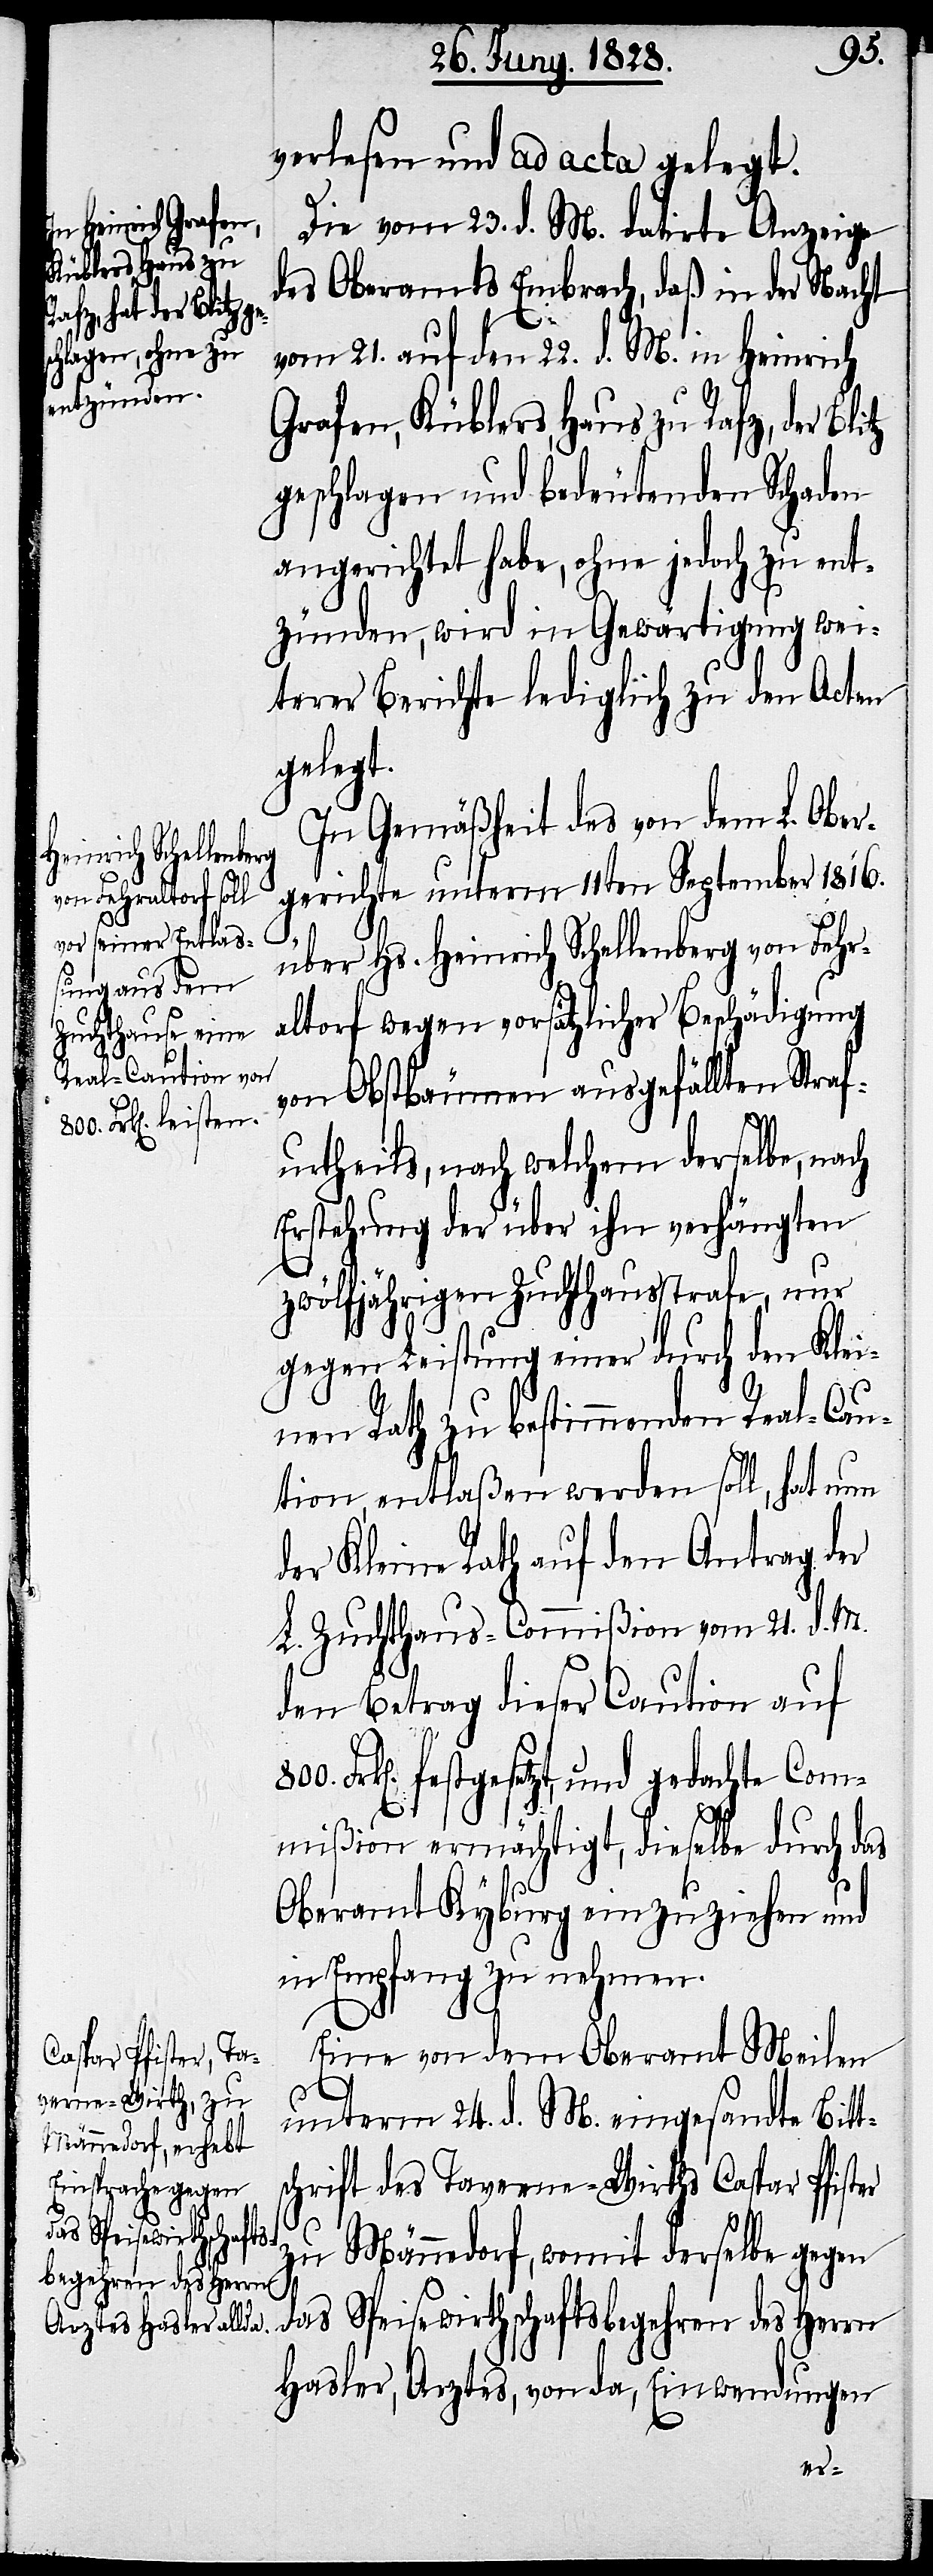
verlesen und ad acta gelegt.
Die vom 23. d. M. datirte Anzeige
des Oberamts Embrach, daß in der Nacht
vom 21. auf den 22. d. M. in Heinrich
Grafen, Küblers, Haus zu Rafz, der Bl¬
geschlagen und bedeutenden Schaden
angerichtet habe, ohne jedoch zu ent¬
zünden, wird in Gewärtigung wei¬
terer Berichte lediglich zu den Acten
gelegt.
In Gemäßheit des von dem L. Ober¬
gerichte unterm 11ten September 1816.
über Hs. Heinrich Schellenberg von Fehr¬
altorf wegen vorsätzlicher Beschädigung
von Obstbäumen ausgefällten Straf¬
urtheils, nach welchem derselbe, nach
Erstehung der über ihn verhängten
zwölfjährigen Zuchthausstrafe, nur
gegen Leistung einer durch den Klei¬
nen Rath zu bestimmenden Real-Cau¬
tion, entlaßen werden soll, hat nun
der Kleine Rath auf den Antrag der
L. Zuchthaus-Commißion vom 21. d. M.
den Betrag dieser Caution auf
Frk[en]. festgesetzt, und gedachte Com¬
mißion ermächtigt, dieselbe durch das
Oberamt Kyburg einzuziehen und
in Empfang zu nehmen.
Eine von dem Oberamt Meilen
unterm 24. d. M. eingesandte Bitt¬
schrift des Taverne-Wirths Caspar Pfister
zu Männedorf, womit derselbe gegen
das Speisewirthschaftsbegehren des Herrn
Hasler, Arztes, von da, Einwendungen
itz